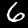
Digit: 6